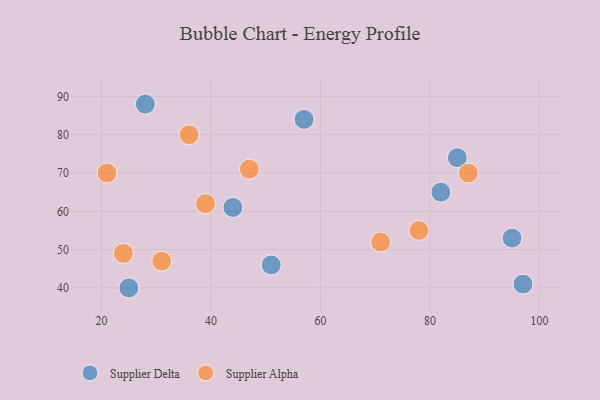
{"axis": {"x": "GDP", "y": "Life Expectancy"}, "legend": ["Supplier Alpha", "Supplier Delta"], "data": [{"x": "82", "y": 65, "type": "Supplier Delta"}, {"x": "25", "y": 40, "type": "Supplier Delta"}, {"x": "85", "y": 74, "type": "Supplier Delta"}, {"x": "51", "y": 46, "type": "Supplier Delta"}, {"x": "95", "y": 53, "type": "Supplier Delta"}, {"x": "44", "y": 61, "type": "Supplier Delta"}, {"x": "97", "y": 41, "type": "Supplier Delta"}, {"x": "28", "y": 88, "type": "Supplier Delta"}, {"x": "57", "y": 84, "type": "Supplier Delta"}, {"x": "31", "y": 47, "type": "Supplier Alpha"}, {"x": "78", "y": 55, "type": "Supplier Alpha"}, {"x": "24", "y": 49, "type": "Supplier Alpha"}, {"x": "36", "y": 80, "type": "Supplier Alpha"}, {"x": "87", "y": 70, "type": "Supplier Alpha"}, {"x": "47", "y": 71, "type": "Supplier Alpha"}, {"x": "71", "y": 52, "type": "Supplier Alpha"}, {"x": "39", "y": 62, "type": "Supplier Alpha"}, {"x": "21", "y": 70, "type": "Supplier Alpha"}]}